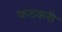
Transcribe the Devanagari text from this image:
कठकरी